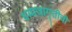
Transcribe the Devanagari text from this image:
धम्मजागृतीची